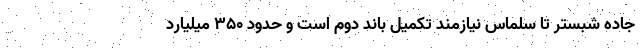
جاده شبستر تا سلماس نیازمند تکمیل باند دوم است و حدود 350 میلیارد